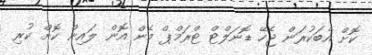
ކޮށް އެބަކުރަން ޖެހޭ ޑޮނަލްޓް ޓްރަމްޕް މެން އޮން ލައިން ކޮށް ކުރި